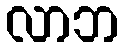
လာဘ